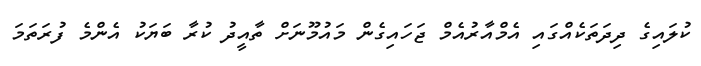
ކުލައިގެ ދިދަތަކެއްގައި އެމްއާރުއެމް ޖަހައިގެން މައުމޫނަށް ތާއީދު ކުރާ ބަޔަކު އެންމެ ފުރަތަމަ